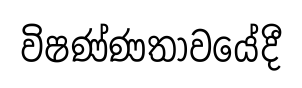
විෂණ්ණතාවයේදී